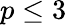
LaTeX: p\leq 3